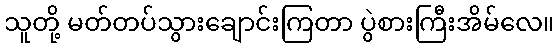
သူတို့ မတ်တပ်သွားချောင်းကြတာ ပွဲစားကြီးအိမ်လေ။